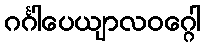
ဂင်္ဂါပေယျာလဝဂ္ဂေါ